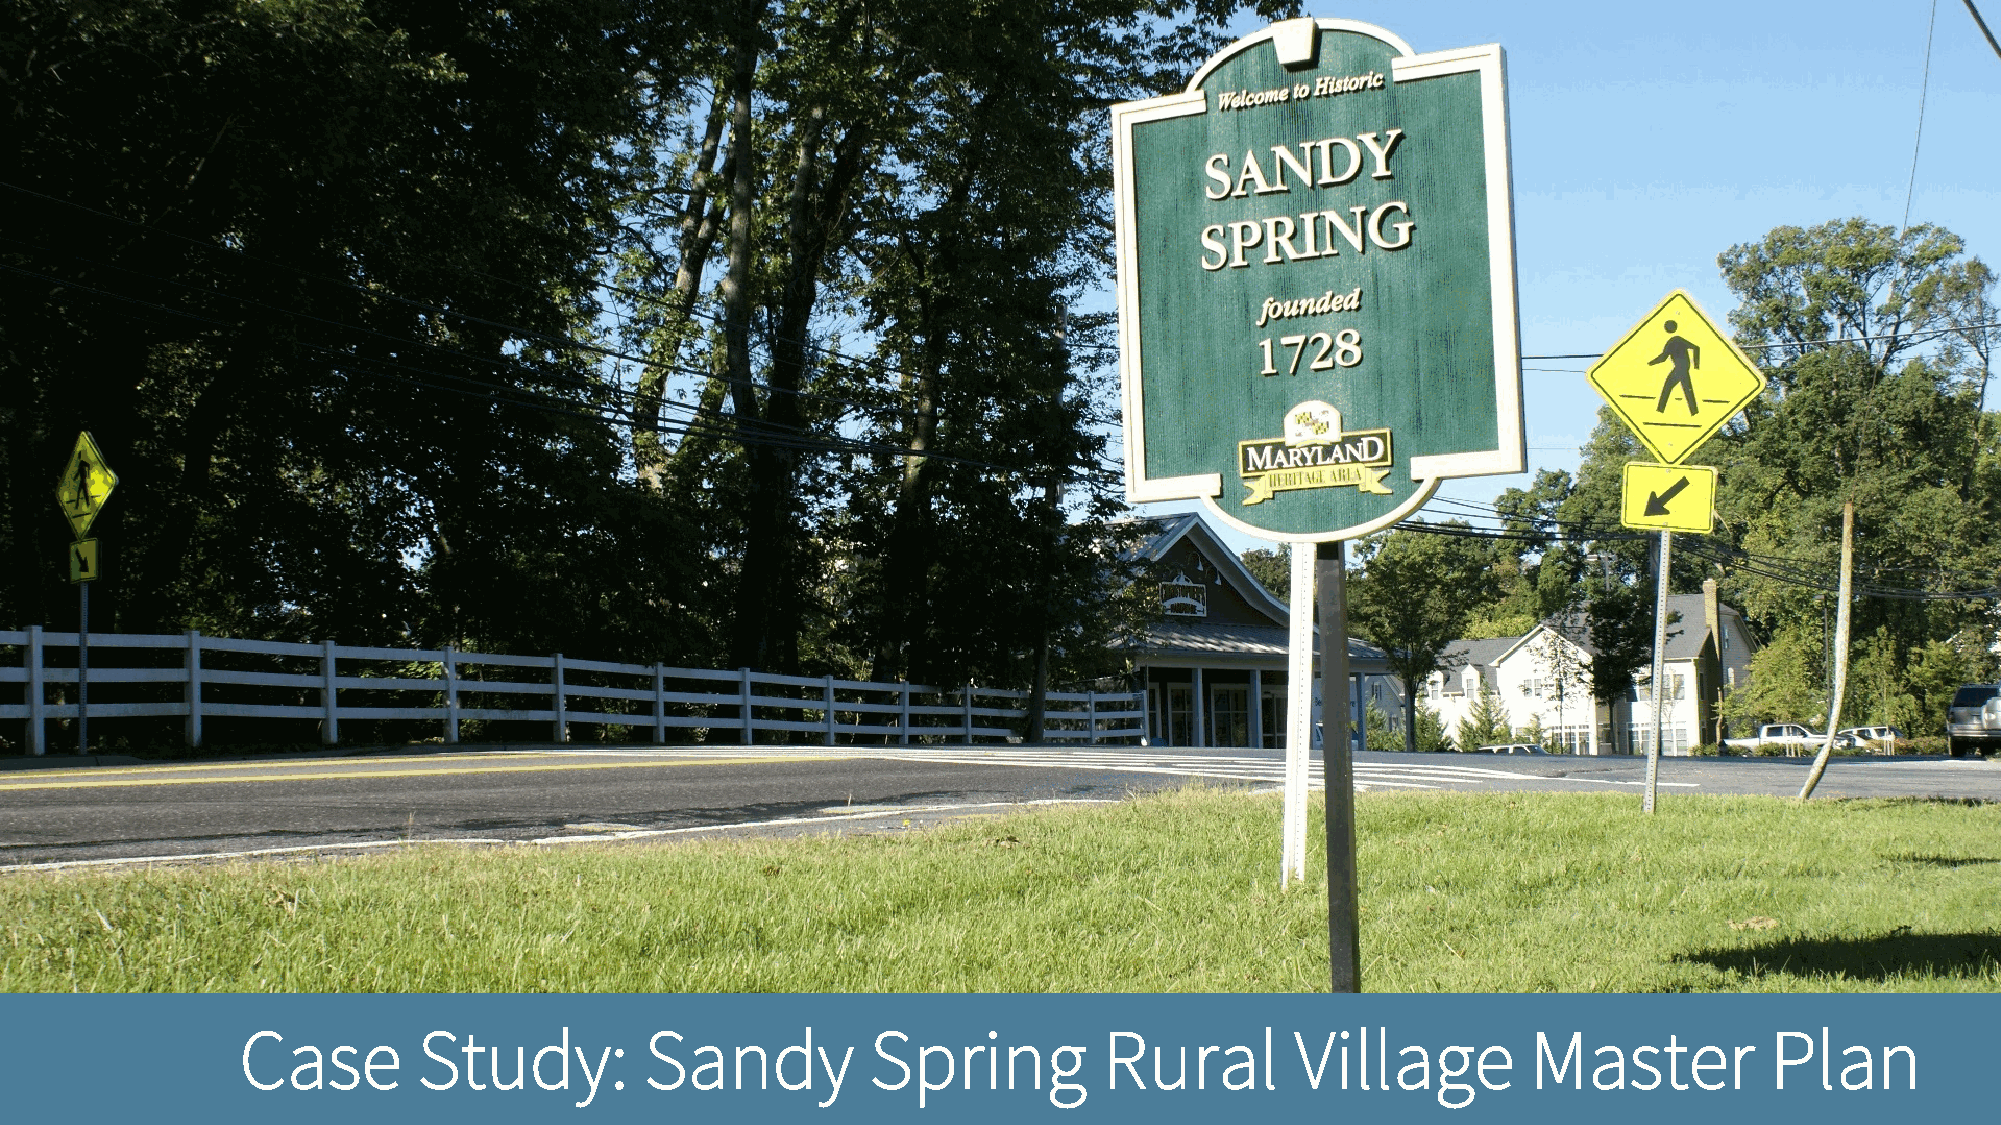
Case        Study:         Sandy          Spring         Rural        Village        Master          Plan